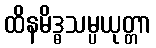
ထိနမိဒ္ဓသမ္ပယုတ္တာ